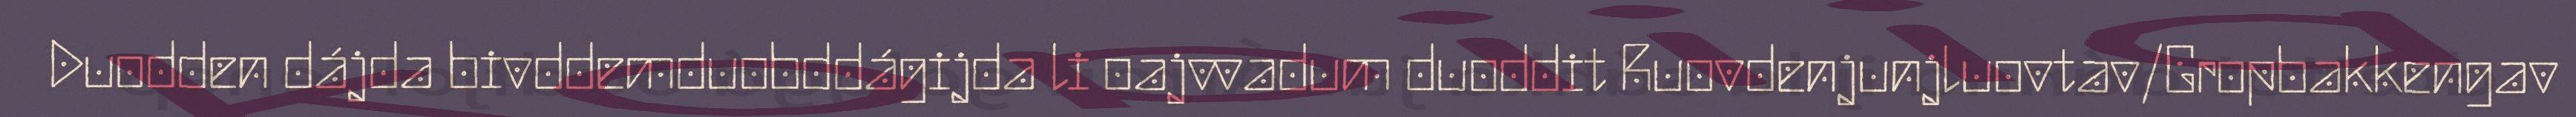
Duodden dájda bivddemduobddágijda li oajvvadum duoddit Ruovdenjunjluovtav/Gropbakkengav